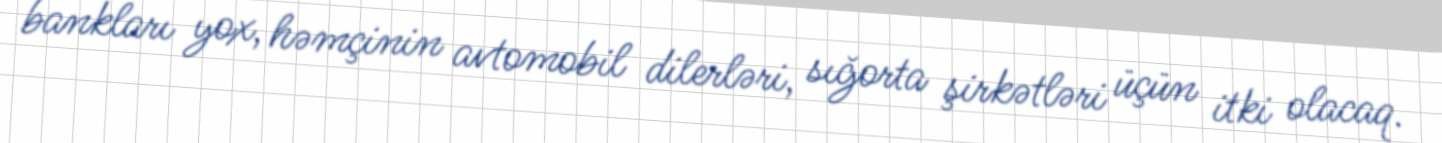
bankları yox, həmçinin avtomobil dilerləri, sığorta şirkətləri üçün itki olacaq.